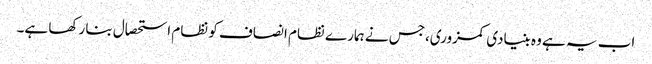
اب یہ ہے وہ بنیادی کمزوری،جس نے ہمارے نظام انصاف کو نظام استحصال بنا رکھا ہے۔